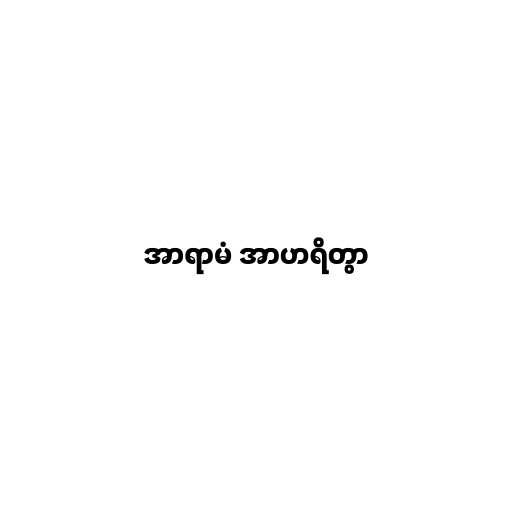
အာရာမံ အာဟရိတွာ